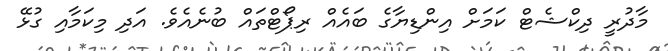
މާދުރީ ދިކްޝެޓް ކަމަށް އިންޑިޔާގެ ބައެއް ރިޕޯޓްތައް ބުނެއެވެ. އަދި މިކަމާއި ގުޅޭ